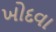
ખોદવા